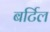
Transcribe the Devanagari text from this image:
बर्टिल